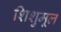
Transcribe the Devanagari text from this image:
शिशुमूल